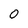
Character: O